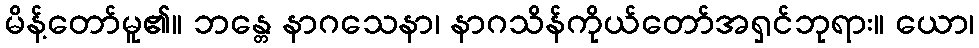
မိန့်တော်မူ၏။ ဘန္တေ နာဂသေနာ၊ နာဂသိန်ကိုယ်တော်အရှင်ဘုရား။ ယော၊